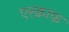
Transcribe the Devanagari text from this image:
एरक्राफ